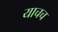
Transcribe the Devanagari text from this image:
याचच